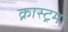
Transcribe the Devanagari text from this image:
क्रास्ट्रम